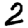
Digit: 2